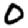
Digit: 0